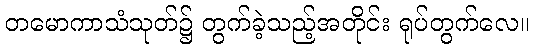
တမောကာသံသုတ်၌ တွက်ခဲ့သည့်အတိုင်း ရုပ်တွက်လေ။